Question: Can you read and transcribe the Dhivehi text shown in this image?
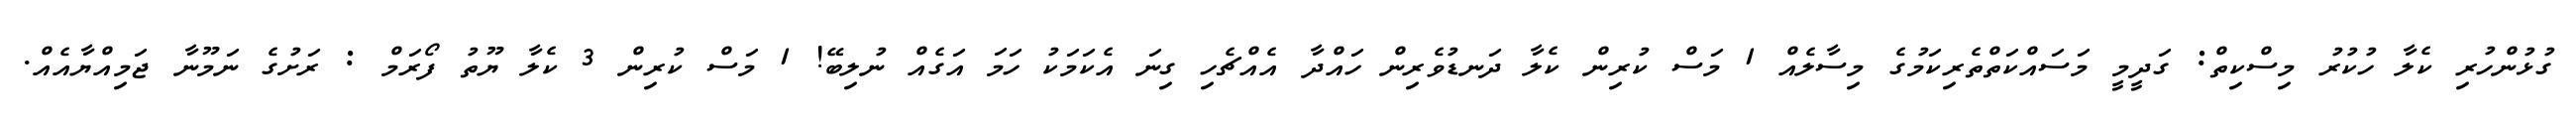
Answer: ގުޅުންހުރި ކެލާ ހުކުރު މިސްކިތް: ގަދީމީ މަސައްކަތްތެރިކަމުގެ މިސާލެއް 1 މަސް ކުރިން ކެލާ ދަނޑުވެރިން ހައްދާ އެއްޗެހި ގިނަ އެކަމަކު ހަމަ އަގެއް ނުލިބޭ! 1 މަސް ކުރިން 3 ކެލާ ޔޫތު ފޯރަމް : ރަށުގެ ނަމޫނާ ޖަމިއްޔާއެއް.